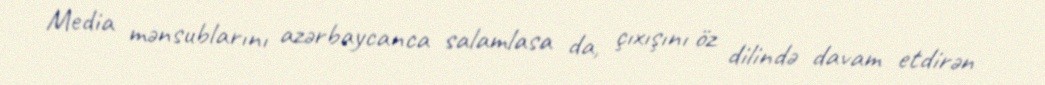
Media mənsublarını azərbaycanca salamlasa da, çıxışını öz dilində davam etdirən